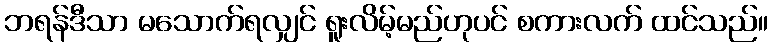
ဘရန်ဒီသာ မသောက်ရလျှင် ရူးလိမ့်မည်ဟုပင် စကားလက် ထင်သည်။